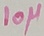
Text: 10µ